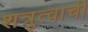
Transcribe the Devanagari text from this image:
शत्रुत्वाची